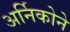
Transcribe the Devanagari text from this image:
अर्निकोने